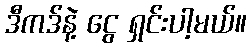
ဒီကဒ်နဲ့ ငွေ ရှင်းပါ့မယ်။